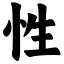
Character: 性